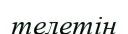
телетін